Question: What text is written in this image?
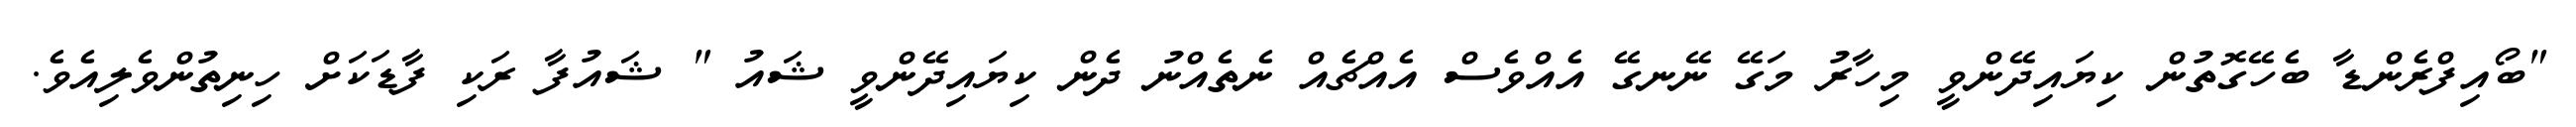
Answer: "ބޯއިފްރެންޑާ ބެހޭގޮތުން ކިޔައިދޭންވީ މިހާރު މަގޭ ނޭނގޭ އެއްވެސް އެއްޗެއް ނެތެއްނު ދެން ކިޔައިދޭންވީ ޝައު " ޝައުފާ ރަކި ފާޑަކަށް ހިނިތުންވެލިއެވެ.